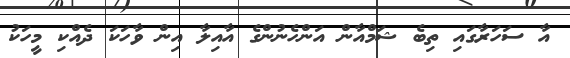
އާ ސަހަރާގައި ތިބެ ޝަމްއާން އަންހެނުންގެ އާއިލާ އިން ވާހަކަ ދެއްކި މީހަކު